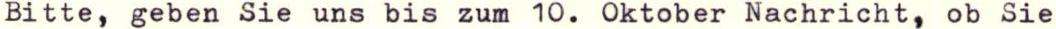
Bitte, geben Sie uns bis zum 10. Oktober Nachricht, ob Sie